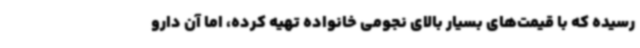
رسیده که با قیمت‌های بسیار بالای نجومی خانواده تهیه کرده، اما آن دارو